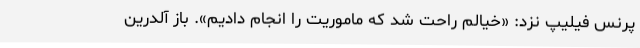
پرنس فیلیپ نزد: «خیالم راحت شد که ماموریت را انجام دادیم». باز آلدرین